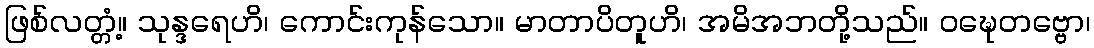
ဖြစ်လတ္တံ့။ သုန္ဒရေဟိ၊ ကောင်းကုန်သော။ မာတာပိတူဟိ၊ အမိအဘတို့သည်။ ဝဍ္ဎေတဗ္ဗော၊